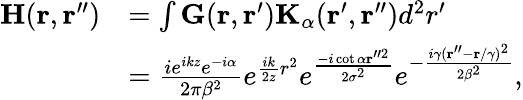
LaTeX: \begin{array}{rl}{\textbf{H}(\textbf{r},\textbf{r}^{\prime\prime})}&{=\int\textbf{G}(\textbf{r},\textbf{r}^{\prime})\textbf{K}_{\alpha}(\textbf{r}^{\prime},\textbf{r}^{\prime\prime})d^{2}r^{\prime}}\\ &{=\frac{ie^{ikz}e^{-i\alpha}}{2\pi\beta^{2}}e^{\frac{ik}{2z}r^{2}}e^{\frac{-i\cot{\alpha}\textbf{r}^{\prime\prime 2}}{2\sigma^{2}}}e^{-\frac{i\gamma(\textbf{r}^{\prime\prime}-\textbf{r}/\gamma)^{2}}{2\beta^{2}}},}\end{array}